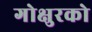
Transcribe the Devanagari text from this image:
गोक्षुरको